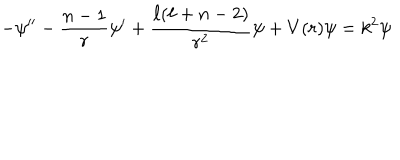
LaTeX: - \psi ^ { \prime \prime } - \frac { n - 1 } { r } \psi ^ { \prime } + \frac { \ell ( \ell + n - 2 ) } { r ^ { 2 } } \psi + V ( r ) \psi = k ^ { 2 } \psi